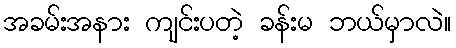
အခမ်းအနား ကျင်းပတဲ့ ခန်းမ ဘယ်မှာလဲ။